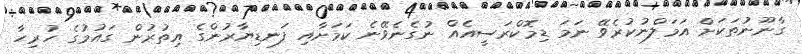
ގާނޫނުތަކަށް އަމަލްނުކުރެވޭ ނަމަ ޑިމޮކްރަސީއެއް ނުގެނެވޭނެ ކަމަށާއި ފަނޑިޔާރުންގެ އިތުރުން ގައުމުގެ ހުރިހާ